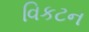
વિકટન